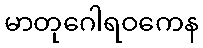
မာတုဂေါရဝကေန